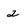
Character: 2